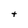
Character: t